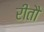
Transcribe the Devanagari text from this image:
रीतौ